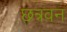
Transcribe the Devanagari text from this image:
छत्रवन